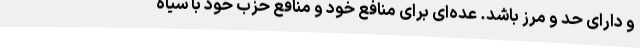
و دارای حد و مرز باشد. عده‌ای برای منافع خود و منافع حزب خود با سیاه